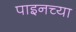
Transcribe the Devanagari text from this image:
पाइनच्या